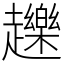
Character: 䟏